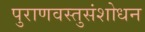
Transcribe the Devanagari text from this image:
पुराणवस्तुसंशोधन